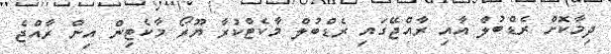
ދިމާކޮށް ރެޑްބުލް އާއި ރާއްޖޭގައި ރެޑްބުލް މާކެޓްކުރާ ޔޫރޯ މާކެޓިން އިން ރާއްޖެ